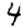
Digit: 4